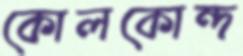
কোলকোন্দ